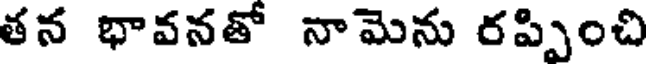
తన భావనతో నామెను రప్పించి